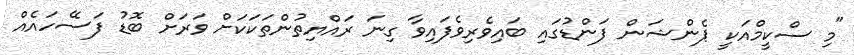
"މި ސްކީމްއަކީ ޕެންޝަން ފަންޑުގައި ބައިވެރިވެފައިވާ ގިނަ ރައްޔިތުންތަކަކަށް ވަރަށް ބޮޑު ފަސޭހައެއް